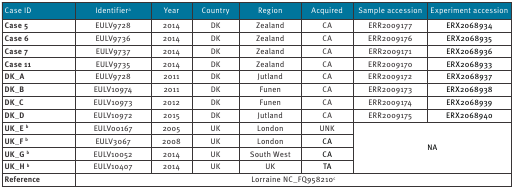
| Case ID | Identifiera | Year | Country | Region | Acquired | Sample accession | Experiment accession |
 | --- | --- | --- | --- | --- | --- | --- | --- |
 | Case 5 | EULV9728 | 2014 | DK | Zealand | CA | ERR2009177 | ERX2068934 |
 | Case 6 | EULV9736 | 2014 | DK | Zealand | CA | ERR2009176 | ERX2068935 |
 | Case 7 | EULV9737 | 2014 | DK | Zealand | CA | ERR2009171 | ERX2068936 |
 | Case 11 | EULV9735 | 2014 | DK | Zealand | CA | ERR2009170 | ERX2068933 |
 | DK_A | EULV9728 | 2011 | DK | Jutland | CA | ERR2009172 | ERX2068937 |
 | DK_B | EULV10974 | 2011 | DK | Funen | CA | ERR2009173 | ERX2068938 |
 | DK_C | EULV10973 | 2012 | DK | Funen | CA | ERR2009174 | ERX2068939 |
 | DK_D | EULV10972 | 2015 | DK | Jutland | CA | ERR2009175 | ERX2068940 |
 | UK_E b | EULV00167 | 2005 | UK | London | UNK | <ROWSPAN=4-COLSPAN=2> NA |
 | UK_F b | EULV3067 | 2008 | UK | London | CA |
 | UK_G b | EULV10052 | 2014 | UK | South West | CA |
 | UK_H b | EULV10407 | 2014 | UK | UK | TA |
 | Reference | <COLSPAN=7> Lorraine NC_FQ958210c |